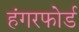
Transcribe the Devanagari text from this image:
हंगरफोर्ड